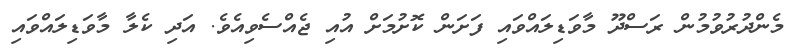
މެންދުރުވުމުން ރަސްދޫ މާވަޑިލައްވައި ފަށަން ކޮށުމަށް އުއި ޖެއްސެވިއެވެ. އަދި ކެލާ މާވަޑިލައްވައި